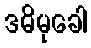
ဒဓိမုခေါ